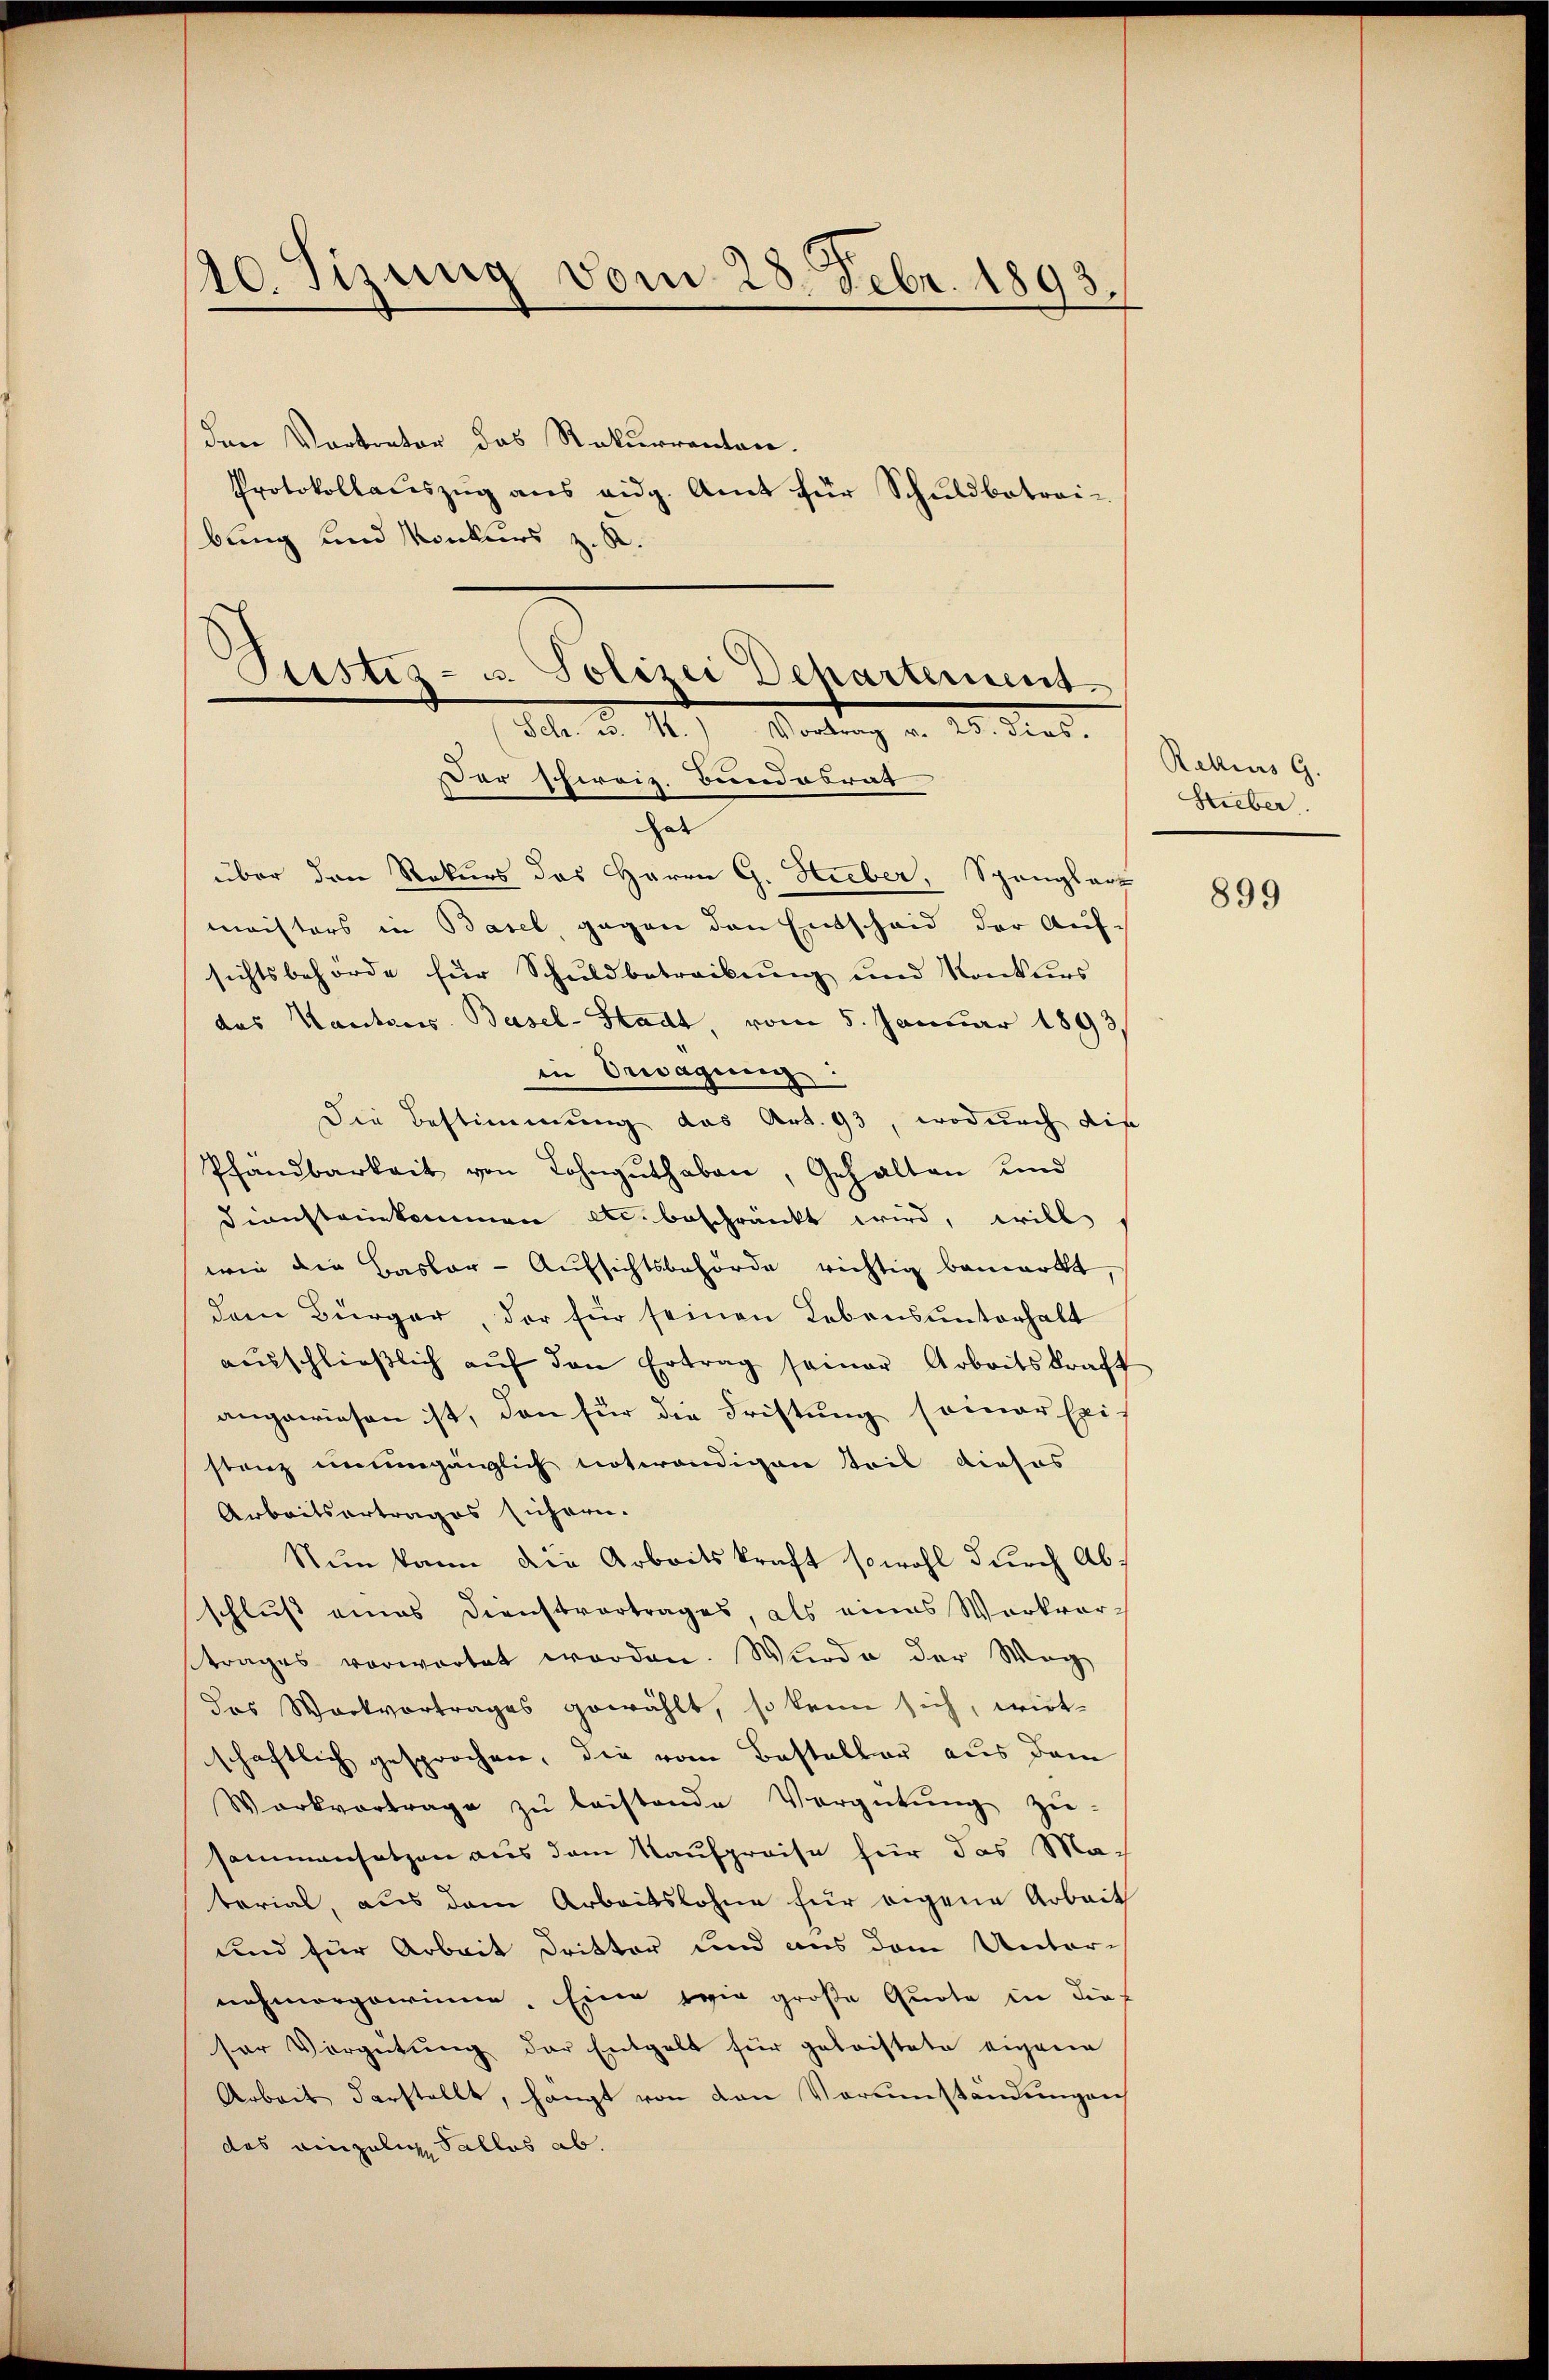
20. Sizung vom 28. Febr. 1893.

den Vortrator das Rekurrenten.
Protokollauszug aus eidg. Amt für Schuldbetrai-
bung und Konkurs z. R.

Justiz- u. Polizei Departement
Selr. u. 1.) Vortrag v. 25. dies.
Der shireiz. Bundesrat

hat
über den Rekurs des Herrn G. Hieber, Spanglart
maisters in Basel, gegen den Entscheid der Auf-
sichtsbehörde für Schuldbetreibung und Konkurs
das Kantons Basel-Stadt vom 5. Januar 1893.
in Erwägung
Die Bestimmung das Art. 93, wodurch dies
Pfandbarkeit von Lohngŭthaben, Gehalten und
Diensteinkommen etc. beschränkt wird, will
wie die Bastbar-Aufsichtsbehörde richtig bemerkt
dem Bürger, der für seinen Lebensunterhalt
aŭsschlieβlich aŭf den Ertrag seiner Arbeitskraft
angewiesen ist, den für die Fristung seinerseit
stanz unumgänglich notwendigen Teil dieses
Arbeitsertrages sichern.
Nun kann die Arbeitskraft sowohl durch Abschluß eines Dienstvortrages als eines Werkvor-
trages vorwartet worden. Wurde der Weg
das Wackvortrages gewählt, so kann sich, wirk-
schaftlich gesprochen, die vom Besteller aus dem
Workvortrage zŭ leistende Vergütŭng zŭ
sammensatzen aus dem Kaufpreise für das Material, aus dem Arbeitslohne für eigene Arbeit
und für Arbeit Dritter und aus dem Unter-
nehmergarinne. Eine wie große Quote in dies
sor Vorgütung der Entgelt für geleistete eigene
Arbeit derstellt, hangt von den Vorumständungen
das einzelig Sallos ab.

Rekurs G.
Stieber.

899